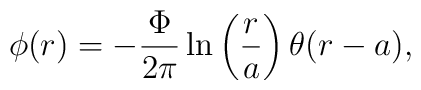
\phi(r) = -\displaystyle\frac{\Phi}{2\pi} \ln\left(\displaystyle\frac{r}{a}\right) \theta (r - a),